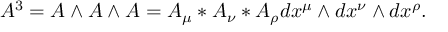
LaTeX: A ^ { 3 } = A \wedge A \wedge A = A _ { \mu } * A _ { \nu } * A _ { \rho } d x ^ { \mu } \wedge d x ^ { \nu } \wedge d x ^ { \rho } .